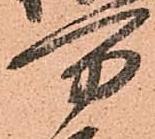
万